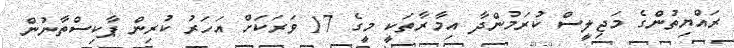
ރައްޔިތުންގެ މަޖިލީސް ކުރަމުންދާ އިމާރާތަކީ މީގެ 17 ވަރަކަށް އަހަރު ކުރިން ޕާކިސްތާނުން